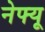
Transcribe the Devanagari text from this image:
नेफ्यू